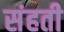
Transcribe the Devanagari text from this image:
संहती